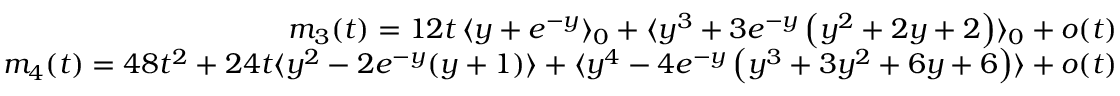
\begin{array} { r l r } & { } & { m _ { 3 } ( t ) = 1 2 t \, \langle y + e ^ { - y } \rangle _ { 0 } + \langle y ^ { 3 } + 3 e ^ { - y } \left( y ^ { 2 } + 2 y + 2 \right) \rangle _ { 0 } + o ( t ) } \\ & { } & { m _ { 4 } ( t ) = 4 8 t ^ { 2 } + 2 4 t \langle y ^ { 2 } - 2 e ^ { - y } ( y + 1 ) \rangle + \langle y ^ { 4 } - 4 e ^ { - y } \left( y ^ { 3 } + 3 y ^ { 2 } + 6 y + 6 \right) \rangle + o ( t ) } \end{array}